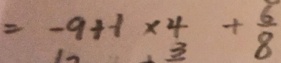
= - 9 + 1 \times 4 + \frac { 6 } { 8 }